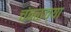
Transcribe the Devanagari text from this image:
चंबळच्या